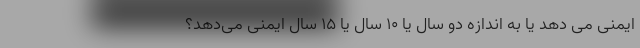
ایمنی می دهد یا به اندازه دو سال یا ۱۰ سال یا ۱۵ سال ایمنی می‌دهد؟